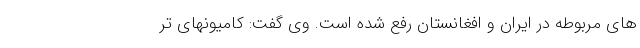
های مربوطه در ایران و افغانستان رفع شده است. وی گفت: کامیونهای تر